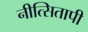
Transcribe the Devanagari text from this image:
नीत्सितापी